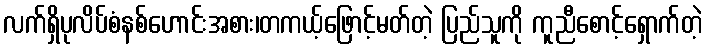
လက်ရှိပုလိပ်စံနစ်ဟောင်းအစား၊တကယ့်ဖြောင့်မတ်တဲ့ ပြည်သူကို ကူညီစောင့်ရှောက်တဲ့